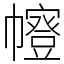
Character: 𭘻